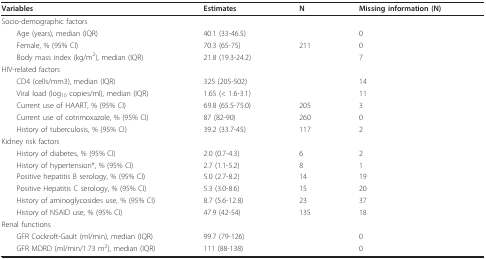
<table><thead><tr><td><b>Variables</b></td><td><b>Estimates</b></td><td><b>N</b></td><td><b>Missing information (N)</b></td></tr></thead><tbody><tr><td colspan="4">Socio-demographic factors</td></tr><tr><td> Age (years), median (IQR)</td><td>40.1 (33-46.5)</td><td></td><td>0</td></tr><tr><td> Female, % (95% CI)</td><td>70.3 (65-75)</td><td>211</td><td>0</td></tr><tr><td> Body mass index (kg/m<sup>2</sup>), median (IQR)</td><td>21.8 (19.3-24.2)</td><td></td><td>7</td></tr><tr><td colspan="4">HIV-related factors</td></tr><tr><td> CD4 (cells/mm3), median (IQR)</td><td>325 (205-502)</td><td></td><td>14</td></tr><tr><td> Viral load (log<sub>10 </sub>copies/ml), median (IQR)</td><td>1.65 (&lt; 1.6-3.1)</td><td></td><td>11</td></tr><tr><td> Current use of HAART, % (95% CI)</td><td>69.8 (65.5-75.0)</td><td>205</td><td>3</td></tr><tr><td> Current use of cotrimoxazole, % (95% CI)</td><td>87 (82-90)</td><td>260</td><td>0</td></tr><tr><td> History of tuberculosis, % (95% CI)</td><td>39.2 (33.7-45)</td><td>117</td><td>2</td></tr><tr><td colspan="4">Kidney risk factors</td></tr><tr><td> History of diabetes, % (95% CI)</td><td>2.0 (0.7-4.3)</td><td>6</td><td>2</td></tr><tr><td> History of hypertension*, % (95% CI)</td><td>2.7 (1.1-5.2)</td><td>8</td><td>1</td></tr><tr><td> Positive hepatitis B serology, % (95% CI)</td><td>5.0 (2.7-8.2)</td><td>14</td><td>19</td></tr><tr><td> Positive Hepatitis C serology, % (95% CI)</td><td>5.3 (3.0-8.6)</td><td>15</td><td>20</td></tr><tr><td> History of aminoglycosides use, % (95% CI)</td><td>8.7 (5.6-12.8)</td><td>23</td><td>37</td></tr><tr><td> History of NSAID use, % (95% CI)</td><td>47.9 (42-54)</td><td>135</td><td>18</td></tr><tr><td colspan="4">Renal functions</td></tr><tr><td> GFR Cockroft-Gault (ml/min), median (IQR)</td><td>99.7 (79-126)</td><td></td><td>0</td></tr><tr><td> GFR MDRD (ml/min/1.73 m<sup>2</sup>), median (IQR)</td><td>111 (88-138)</td><td></td><td>0</td></tr></tbody></table>